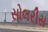
સોલરીસ